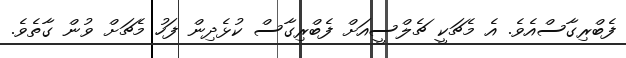
ފެބްރިގާސްއެވެ. އެ މެޗަކީ ޗެލްސީއަށް ފެބްރިގާސް ކުޅެދިން ފަހު މެޗަށް ވުން ގާތެވެ.